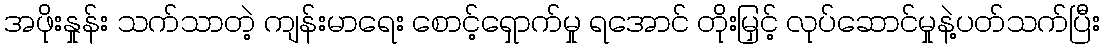
အဖိုးနှုန်း သက်သာတဲ့ ကျန်းမာရေး စောင့်ရှောက်မှု ရအောင် တိုးမြှင့် လုပ်ဆောင်မှုနဲ့ပတ်သက်ပြီး